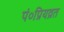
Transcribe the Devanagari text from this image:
पं०प्रियव्रत